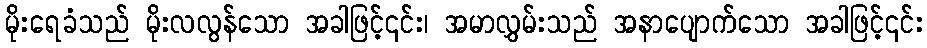
မိုးရေခံသည် မိုးလလွန်သော အခါဖြင့်၎င်း၊ အမာလွှမ်းသည် အနာပျောက်သော အခါဖြင့်၎င်း